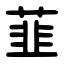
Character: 韮